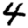
Digit: 4